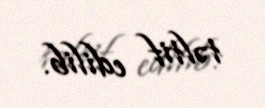
təltif edilib.